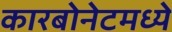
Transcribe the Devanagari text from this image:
कारबोनेटमध्ये